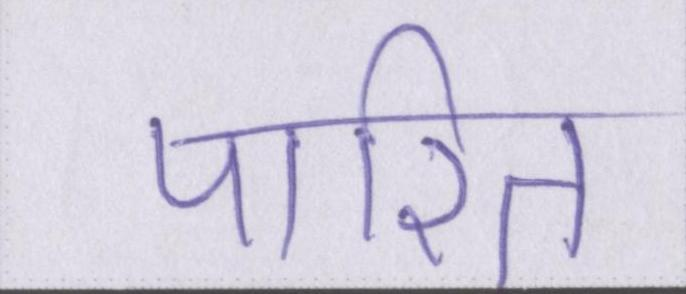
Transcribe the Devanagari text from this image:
पारित